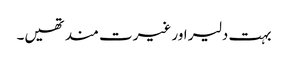
بہت دلیر اور غیرت مند تھیں۔